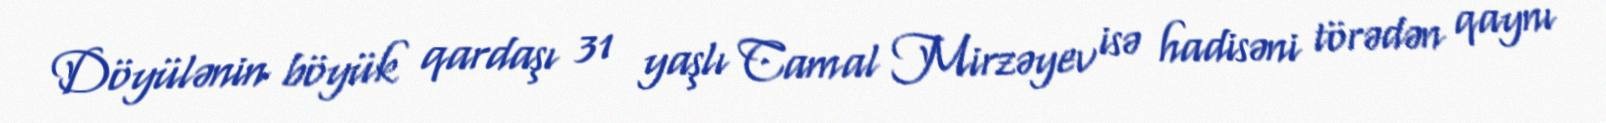
Döyülənin böyük qardaşı 31 yaşlı Camal Mirzəyev isə hadisəni törədən qaynı